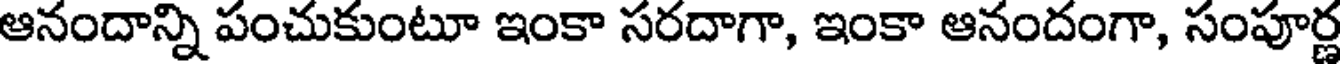
ఆనందాన్ని పంచుకుంటూ ఇంకా సరదాగా, ఇంకా ఆనందంగా, సంపూర్ణ